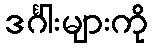
ဒင်္ဂါးများကို